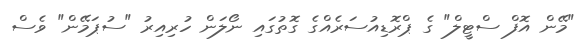
"މޭން އޮފް ސްޓީލް" ގެ ޕްރޮޑިއުސަރެއްގެ ގޮތުގައި ނޯލަން ހުރިއިރު "ސުޕަމޭން" ވެސް